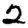
Digit: 2